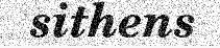
sithens